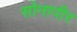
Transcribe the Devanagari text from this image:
सोनापीर